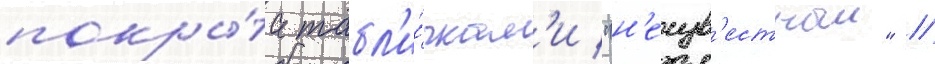
покры́та табл'и́чкам'и "н'еизв'естныи" /